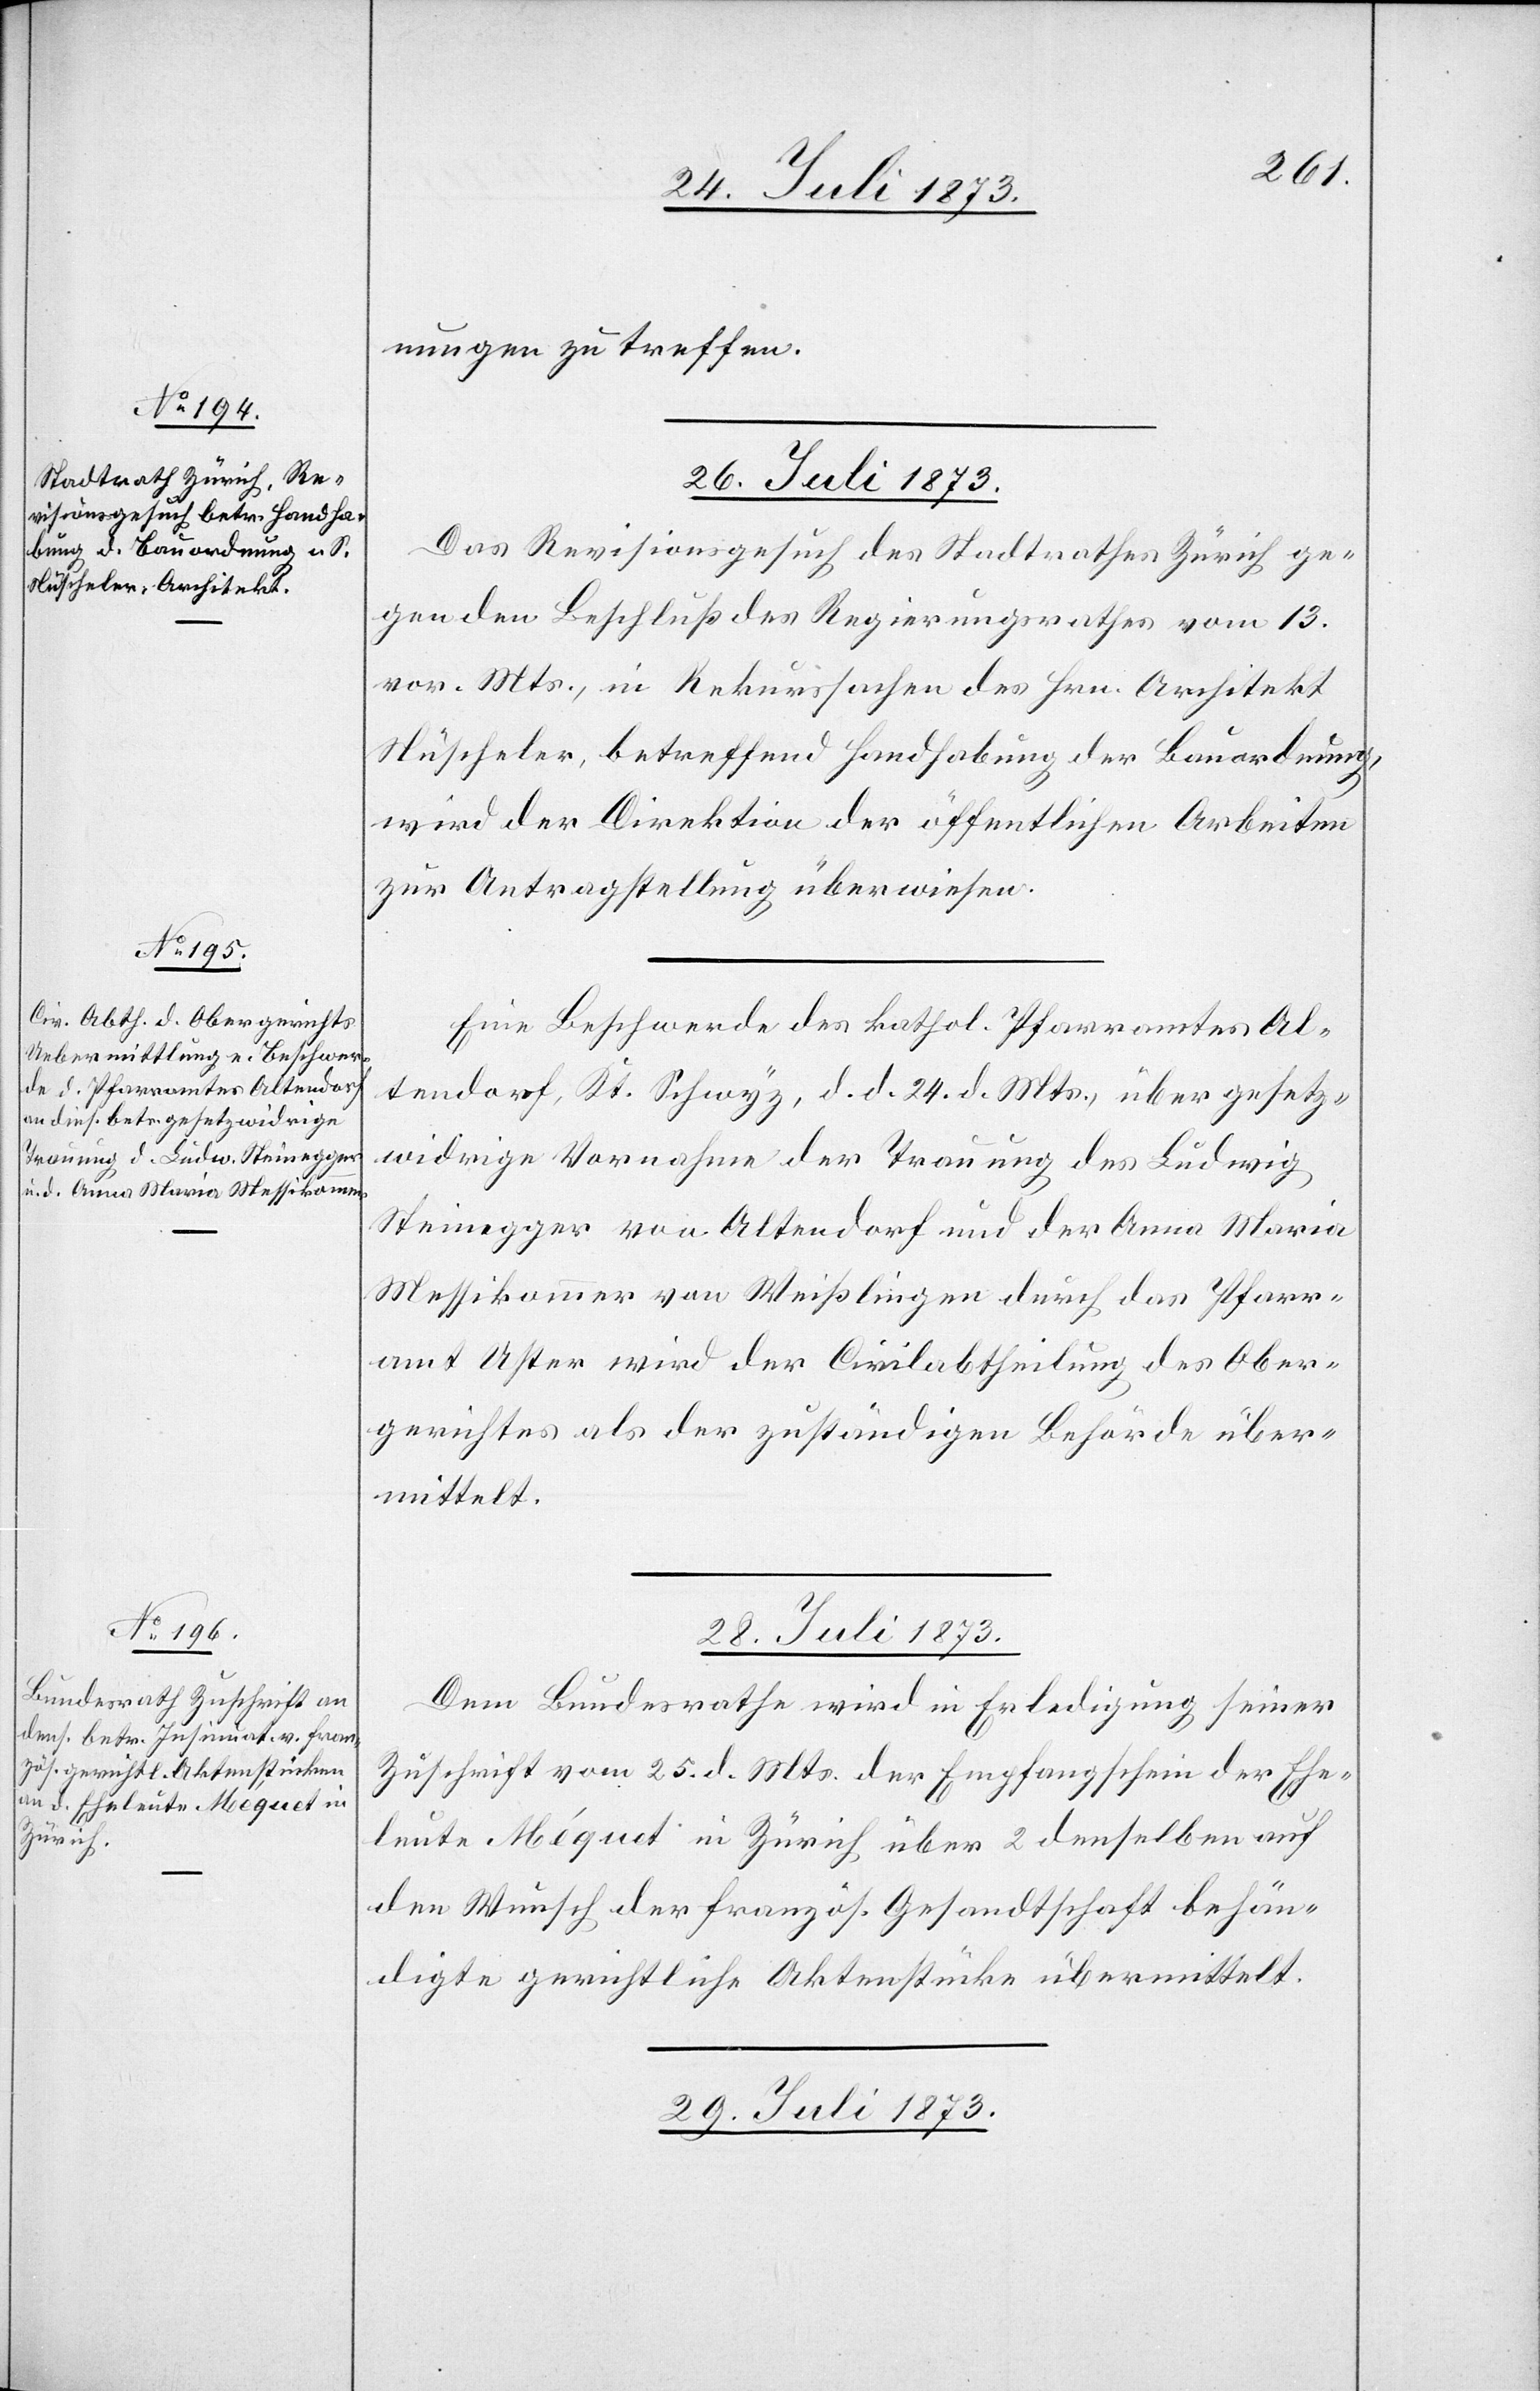
nungen zu treffen.
26. Juli 1873.]
Das Revisionsgesuch des Stadtrathes Zürich ge¬
gen den Beschluß des Regierungsrathes vom 13.
vor. Mts., in Rekurssachen des Hrn. Architekt
Nüscheler, betreffend Handhabung der Bauordnung,
wird der Direktion der öffentlichen Arbeiten
zur Antragstellung überwiesen.
Eine Beschwerde des kathol. Pfarramtes Al¬
tendorf, Kt. Schwyz, d. d. 24. d. Mts., über gesetz¬
widrige Vornahme der Trauung des Ludwig
Steinegger von Altendorf und der Anna Maria
Messikommer von Weißlingen durch das Pfarr¬
amt Uster wird der Civilabtheilung des Ober¬
gerichtes als der zuständigen Behörde über¬
mittelt.
28. Juli 1873.
Dem Bundesrathe wird in Erledigung seiner
Zuschrift vom 25. d. Mts. der Empfangschein der Ehe¬
leute Méquet in Zürich über 2 denselben auf
den Wunsch der französ. Gesandtschaft behän¬
digte gerichtliche Aktenstücke übermittelt.